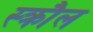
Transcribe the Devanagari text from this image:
स्क्रौल